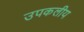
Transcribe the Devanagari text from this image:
उपकलीय